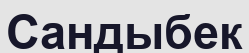
Сандыбек